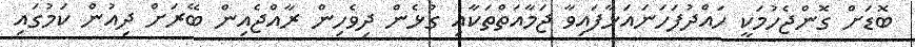
ބޮޑަށް ގޮންޖެހުމަކީ ހައްދުފަހަނައަޅާފައިވާ ޖަމާއަތްތަކާއި ގުޅެން ދިވެހިން ރާއްޖެއިން ބޭރަށް ދިއުން ކަމުގައި